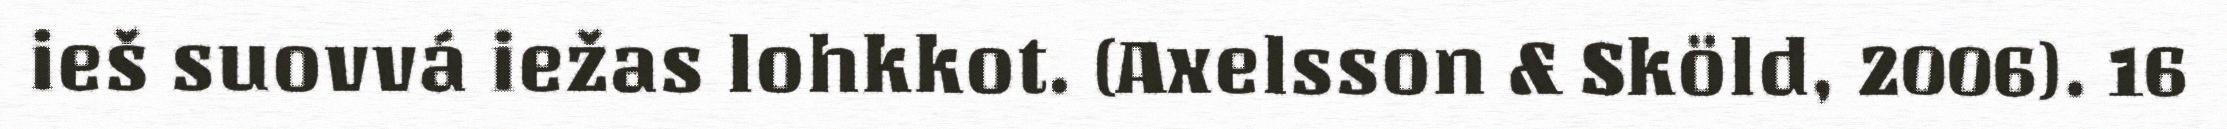
ieš suovvá iežas lohkkot. (Axelsson & Sköld, 2006). 16